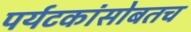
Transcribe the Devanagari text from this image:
पर्यटकांसोबतच